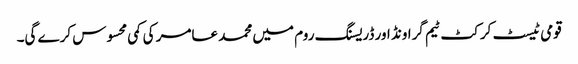
قومی ٹیسٹ کرکٹ ٹیم گراونڈ اور ڈریسنگ روم میں محمد عامر کی کمی محسوس کرے گی۔